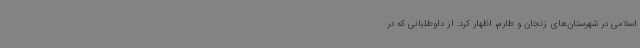
اسلامی در شهرستان‌های زنجان و طارم، اظهار کرد: از داوطلبانی که در